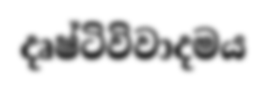
දෘෂ්ටිවිවාදමය